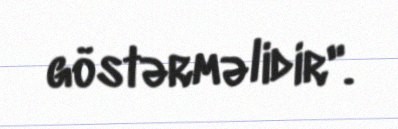
göstərməlidir".